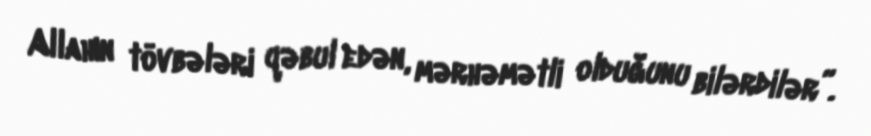
Allahın tövbələri qəbul edən, mərhəmətli olduğunu bilərdilər”.